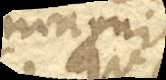
magni